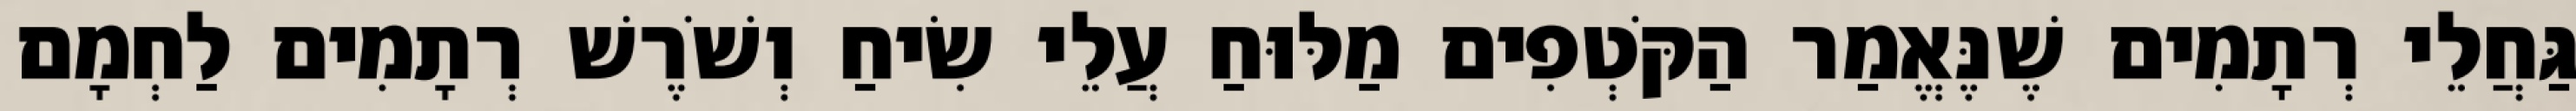
גַּחֲלֵי רְתָמִים שֶׁנֶּאֱמַר הַקֹּטְפִים מַלּוּחַ עֲלֵי שִׂיחַ וְשֹׁרֶשׁ רְתָמִים לַחְמָם